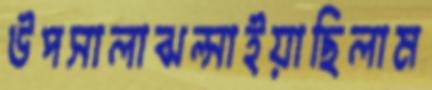
উপসালাঝল্‌সাইয়াছিলাম